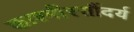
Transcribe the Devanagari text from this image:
काश्मीरसौंदर्य